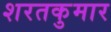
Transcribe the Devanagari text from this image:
शरतकुमार